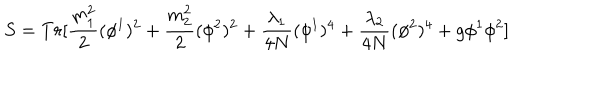
S = T r [ \frac { m _ { 1 } ^ { 2 } } { 2 } ( \phi ^ { 1 } ) ^ { 2 } + \frac { m _ { 2 } ^ { 2 } } { 2 } ( \phi ^ { 2 } ) ^ { 2 } + \frac { \lambda _ { 1 } } { 4 N } ( \phi ^ { 1 } ) ^ { 4 } + \frac { \lambda _ { 2 } } { 4 N } ( \phi ^ { 2 } ) ^ { 4 } + g \phi ^ { 1 } \phi ^ { 2 } ]